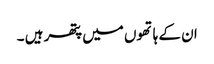
ان کے ہاتھوں میں پتھر ہیں ۔